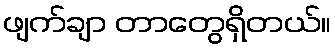
ဖျက်ချာ တာတွေရှိတယ်။